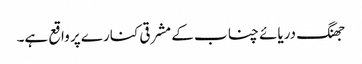
جھنگ دریائے چناب کے مشرقی کنارے پر واقع ہے۔